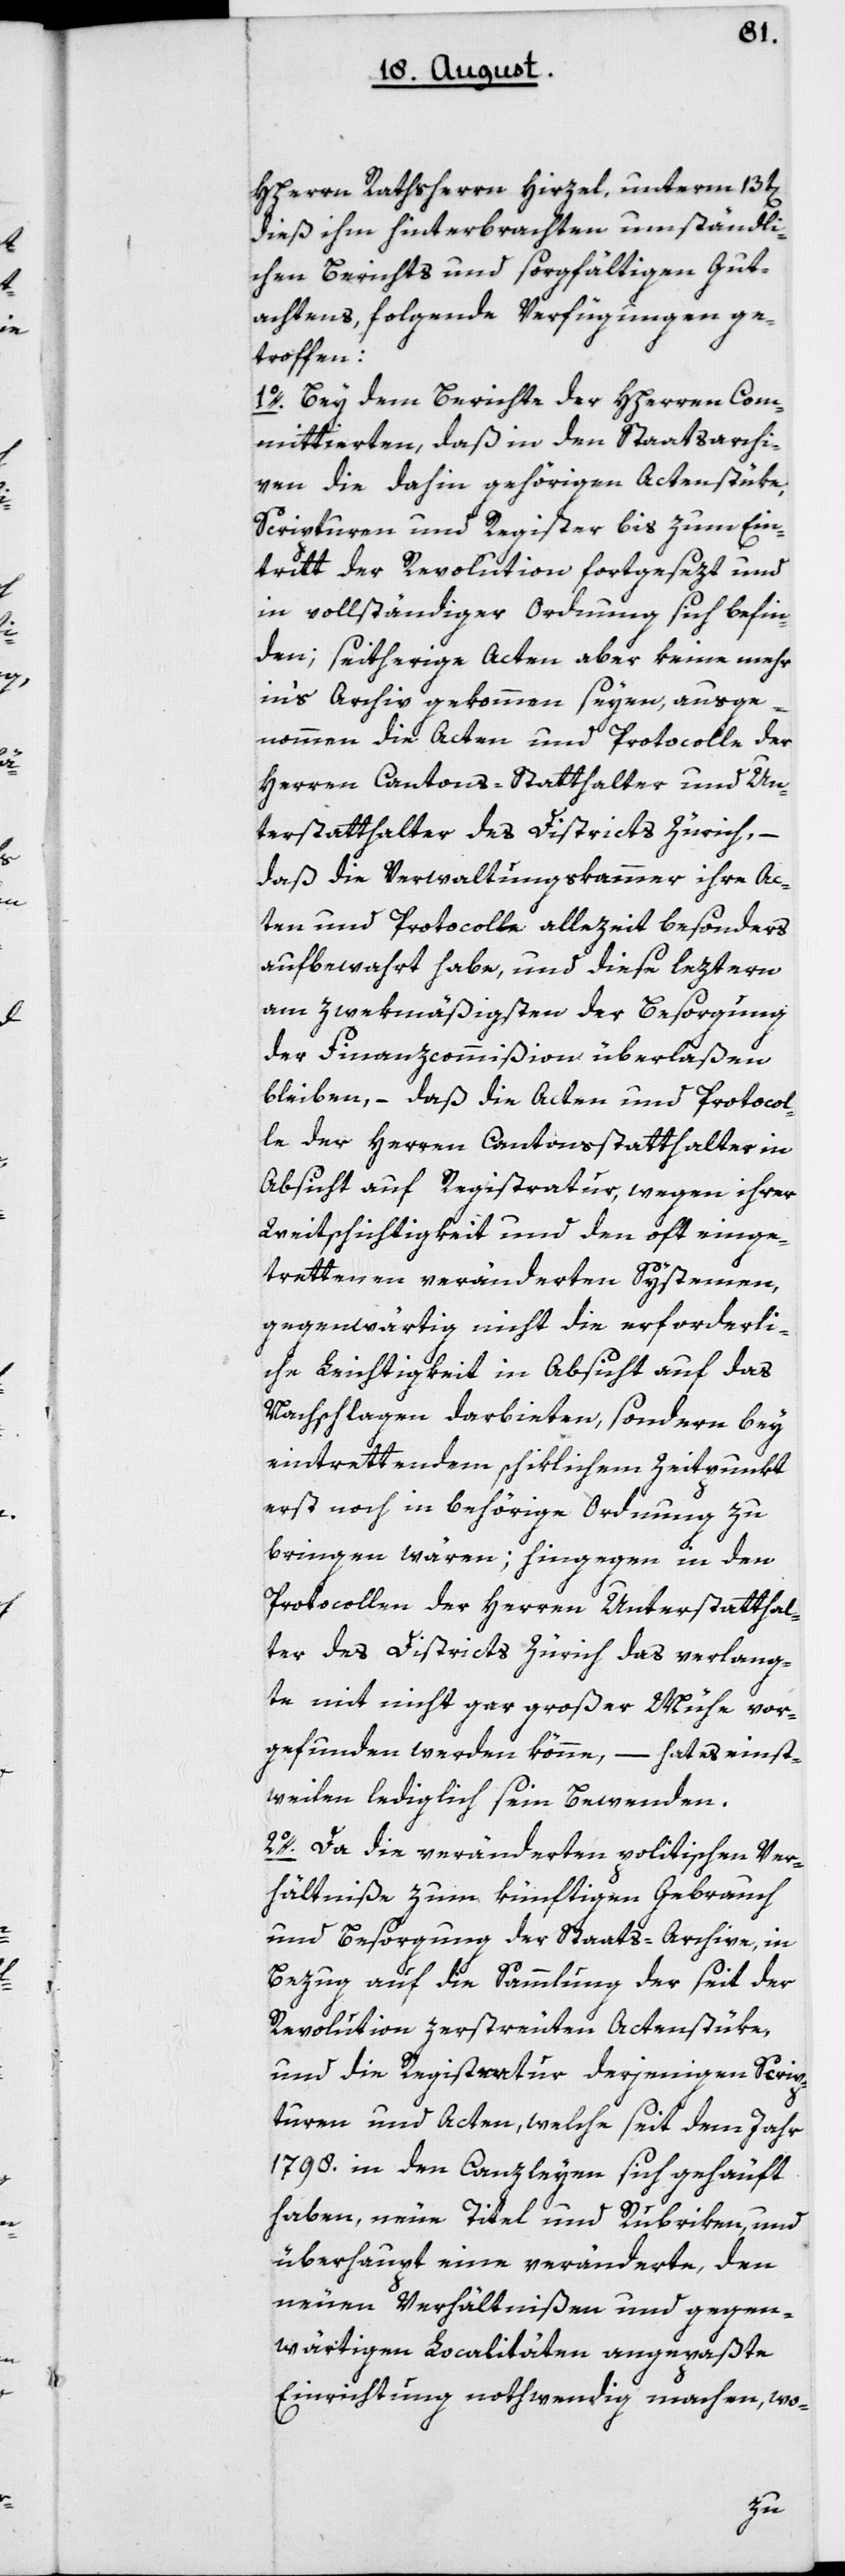
HHerrn Rathsherr Hirzel, unterm 13t[en]
dieß ihm hinterbrachten umständli¬
chen Berichts und sorgfältigen Gut¬
achtens, folgende Verfügungen ge¬
troffen:
1o. Bey dem Berichte der HHerren Com¬
mittierten, daß in den Staatsarchi¬
ven die dahin gehörigen Actenstüke,
Scripturen und Register bis zum Ein¬
tritt der Revolution fortgesezt und
in vollständiger Ordnung sich befin¬
den; seitherige Acten aber keine mehr
in’s Archiv gekommen seyen, ausge¬
nommen die Acten und Protocolle der
Herren Cantons-Statthalter und Un¬
terstatthalter des Districts Zürich, –
daß die Verwaltungskammer ihre Ac¬
ten und Protocolle allezeit besonders
aufbewahrt habe, und diese leztern
am zwekmäßigsten der Besorgung
der Finanzcommißion überlaßen
bleiben, – daß die Acten und Protocol¬
le der Herren Cantonsstatthalter in
Absicht auf Registratur, wegen ihrer
Weitschichtigkeit und den oft einge¬
trettenen veränderten Systemen,
gegenwärtig nicht die erforderli¬
che Leichtigkeit in Absicht auf das
Nachschlagen darbieten, sondern bey
eintrettendem schiklichem Zeitpunkt
erst noch in behörige Ordnung zu
bringen wären; hingegen in den
Protocollen der Herren Unterstatthal¬
ter des Districts Zürich das Verlang¬
te mit nicht gar großer Mühe vor¬
gefunden werden könne, – hat es einst¬
weilen lediglich sein Bewenden.
2o. Da die veränderten politischen Ver¬
hältniße zum künftigen Gebrauch
und Besorgung der Staats-Archive, in
Bezug auf die Sammlung der seit der
Revolution zerstreuten Actenstüke,
und die Registratur derjenigen Scrip¬
turen und Acten, welche seit dem Jahr
1798 in den Canzleyen sich gehäuft
haben, neue Titel und Rubriken, und
überhaupt eine veränderte, den
neuen Verhältnißen und gegen¬
wärtigen Localitäten angepaßte
Einrichtung nothwendig machen, wo-